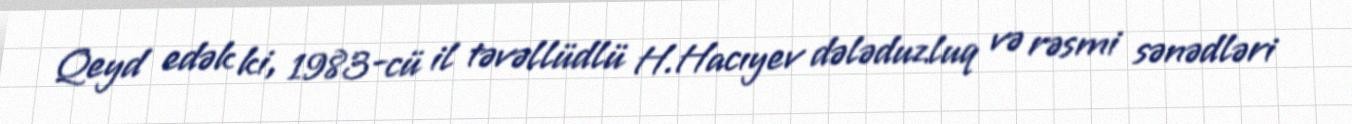
Qeyd edək ki, 1983-cü il təvəllüdlü H.Hacıyev dələduzluq və rəsmi sənədləri